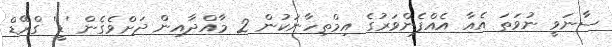
ސާނަވީ ނުވަތަ އެއާ އެއްފެންވަރުގެ އިމްތިހާނަކުން 2 މާއްދާއިން ދަށްވެގެން 'ޑީ' ގްރޭޑް